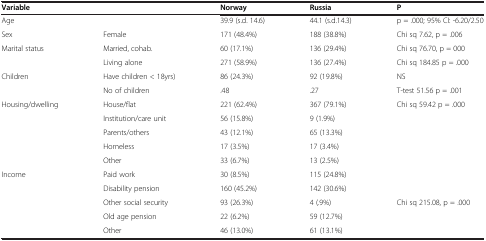
| Variable |  | Norway | Russia | P |
 | --- | --- | --- | --- | --- |
 | Age |  | 39.9 (s.d. 14.6) | 44.1 (s.d.14.3) | p = .000; 95% CI: -6.20/2.50 |
 | Sex | Female | 171 (48.4%) | 188 (38.8%) | Chi sq 7.62, p = .006 |
 | Marital status | Married, cohab. | 60 (17.1%) | 136 (29.4%) | Chi sq 76.70, p = 000 |
 |  | Living alone | 271 (58.9%) | 136 (27.4%) | Chi sq 184.85 p = .000 |
 | Children | Have children < 18yrs) | 86 (24.3%) | 92 (19.8%) | NS |
 |  | No of children | .48 | .27 | T-test 51.56 p = .001 |
 | <ROWSPAN=5> Housing/dwelling | House/flat | 221 (62.4%) | 367 (79.1%) | <ROWSPAN=5> Chi sq 59.42 p = .000 |
 | Institution/care unit | 56 (15.8%) | 9 (1.9%) |
 | Parents/others | 43 (12.1%) | 65 (13.3%) |
 | Homeless | 17 (3.5%) | 17 (3.4%) |
 | Other | 33 (6.7%) | 13 (2.5%) |
 | Income | Paid work | 30 (8.5%) | 115 (24.8%) |  |
 |  | Disability pension | 160 (45.2%) | 142 (30.6%) |  |
 |  | Other social security | 93 (26.3%) | 4 (.9%) | Chi sq 215.08, p = .000 |
 |  | Old age pension | 22 (6.2%) | 59 (12.7%) |  |
 |  | Other | 46 (13.0%) | 61 (13.1%) |  |